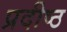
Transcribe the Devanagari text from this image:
प्रदीष्ठ